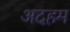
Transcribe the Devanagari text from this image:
अदहम